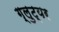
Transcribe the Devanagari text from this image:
ग्लुट्यर